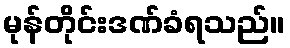
မုန်တိုင်းဒဏ်ခံရသည်။